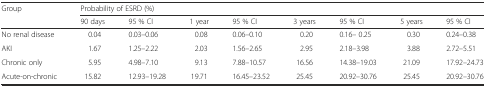
<table><thead><tr><td rowspan="2"><b>Group</b></td><td colspan="8"><b>Probability of ESRD (%)</b></td></tr><tr><td><b>90 days</b></td><td><b>95 % CI</b></td><td><b>1 year</b></td><td><b>95 % CI</b></td><td><b>3 years</b></td><td><b>95 % CI</b></td><td><b>5 years</b></td><td><b>95 % CI</b></td></tr></thead><tbody><tr><td>No renal disease</td><td>0.04</td><td>0.03–0.06</td><td>0.08</td><td>0.06–0.10</td><td>0.20</td><td>0.16– 0.25</td><td>0.30</td><td>0.24–0.38</td></tr><tr><td>AKI</td><td>1.67</td><td>1.25–2.22</td><td>2.03</td><td>1.56–2.65</td><td>2.95</td><td>2.18–3.98</td><td>3.88</td><td>2.72–5.51</td></tr><tr><td>Chronic only</td><td>5.95</td><td>4.98–7.10</td><td>9.13</td><td>7.88–10.57</td><td>16.56</td><td>14.38–19.03</td><td>21.09</td><td>17.92–24.73</td></tr><tr><td>Acute-on-chronic</td><td>15.82</td><td>12.93–19.28</td><td>19.71</td><td>16.45–23.52</td><td>25.45</td><td>20.92–30.76</td><td>25.45</td><td>20.92–30.76</td></tr></tbody></table>